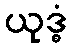
ယုဒ္ဓံ